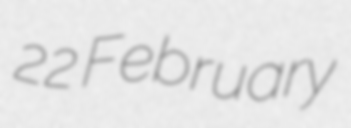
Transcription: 22 February